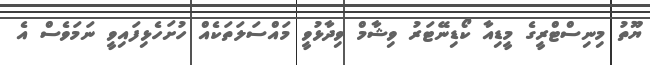
ޔޫތު މިނިސްޓްރީގެ މީޑިއާ ކޯޑިނޭޓަރު ވިޝާމް ވިދާޅުވީ މައްސަލަތަކެއް ހުށަހެޅިފައިވީ ނަމަވެސް އެ